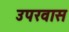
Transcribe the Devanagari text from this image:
उपरवास